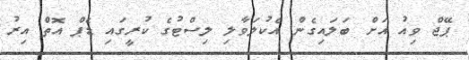
ޕޭޖް ވިއު އަށް ބަލައިގެން އެކުލަވާލި ލިސްޓުގެ ކުރީގައި ޑެޕް އޮތް އިރު